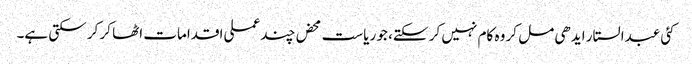
کئی عبدالستار ایدھی مل کر وہ کام نہیں کر سکتے، جو ریاست محض چند عملی اقدامات اٹھا کر کر سکتی ہے۔